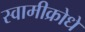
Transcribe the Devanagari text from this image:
स्वामीक्रोधें